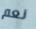
نعم